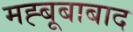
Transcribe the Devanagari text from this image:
मह्बूबाबाद